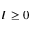
I \ge 0